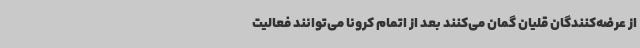
از عرضه‌کنندگان قلیان گمان می‌کنند بعد از اتمام کرونا می‌توانند فعالیت